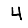
Digit: 4